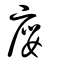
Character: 廮